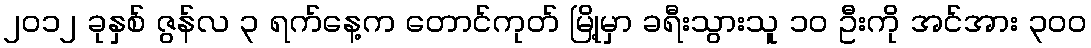
၂၀၁၂ ခုနှစ် ဇွန်လ ၃ ရက်နေ့က တောင်ကုတ် မြို့မှာ ခရီးသွားသူ ၁၀ ဦးကို အင်အား ၃ဝဝ